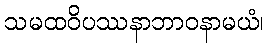
သမထဝိပဿနာဘာဝနာမယံ၊